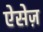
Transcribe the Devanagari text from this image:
ऐसेज़